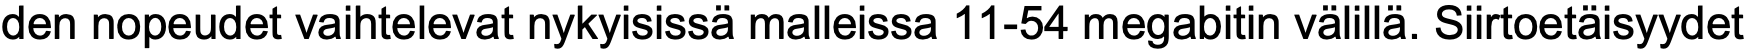
den nopeudet vaihtelevat nykyisissä malleissa 11-54 megabitin välillä. Siirtoetäisyydet